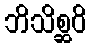
ဘိသိစ္ဆဝိ